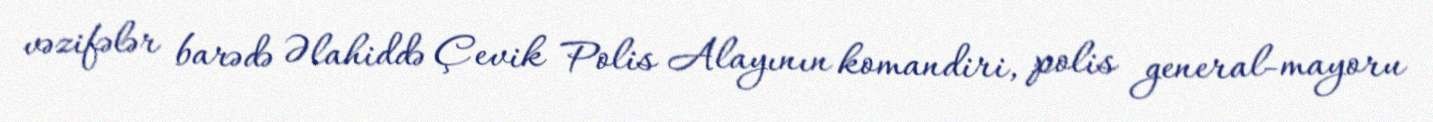
vəzifələr barədə Əlahiddə Çevik Polis Alayının komandiri, polis general-mayoru